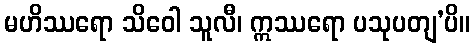
မဟိဿရော သိဝေါ သူလီ၊ ဣဿရော ပသုပတျ’ပိ။